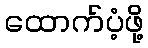
ထောက်ပံ့ဖို့